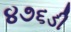
૪૭૬ડી